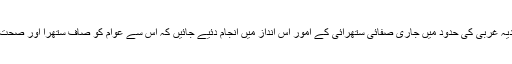
22 اکتوبر2017ء) بلدیہ غربی کی حدود میں جاری صفائی ستھرائی کے امور اس انداز میں انجام دئیے جائیں کہ اس سے عوام کو صاف ستھرا اور صحت مند ماحول میسر آئے۔